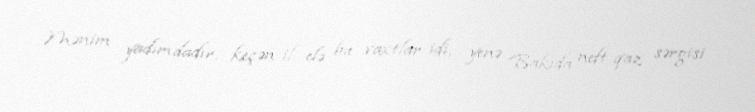
Mənim yadımdadır, keçən il elə bu vaxtlar idi, yenə Bakıda neft-qaz sərgisi